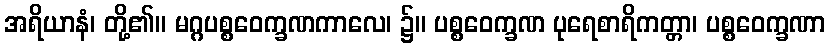
အရိယာနံ၊ တို့၏။ မဂ္ဂပစ္စဝေက္ခဏကာလေ၊ ၌။ ပစ္စဝေက္ခဏ ပုရေစာရိကတ္တာ၊ ပစ္စဝေက္ခဏာ